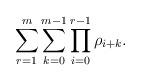
LaTeX: \begin{align*}\sum_{r=1}^m \sum_{k=0}^{m-1}\prod_{i=0}^{r-1}\rho_{i+k}.\end{align*}